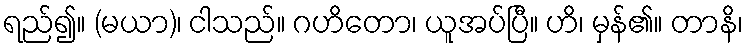
ရည်၍။ (မယာ)၊ ငါသည်။ ဂဟိတော၊ ယူအပ်ပြီ။ ဟိ၊ မှန်၏။ တာနိ၊